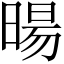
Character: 暘